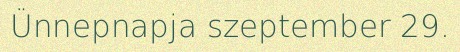
Ünnepnapja szeptember 29.